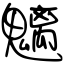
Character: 魑